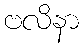
ဗလိနာ